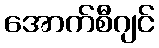
အောက်စီဂျင်